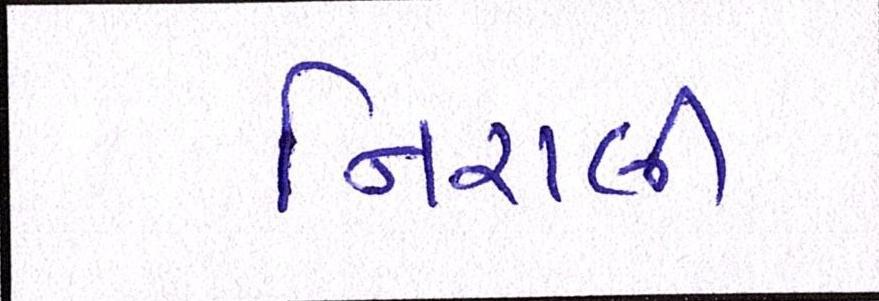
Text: નિરાલી